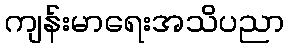
ကျန်းမာရေးအသိပညာ